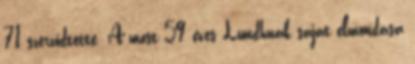
71 szerződtette. A most 59 éves Lundhnak saját elmondása